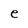
Character: e